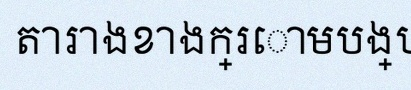
តារាងខាងក្រោមបង្ហាញពីទិន្នន័យ